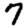
Digit: 7